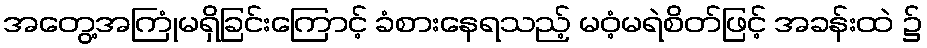
အတွေ့အကြုံမရှိခြင်းကြောင့် ခံစားနေရသည့် မဝံ့မရဲစိတ်ဖြင့် အခန်းထဲ ၌